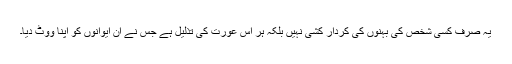
یہ صرف کسی شخص کی بہنوں کی کردار کشی نہیں بلکہ ہر اس عورت کی تذلیل ہے جس نے ان ایوانوں کو اپنا ووٹ دیا۔